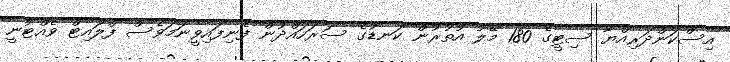
އިސްކަންދަރިއްޔާ ސިޓީގެ 180 މޭލު އުތުރުން ކަނޑުގެ ސަރަހައްދުން ފެނިފައިވީނަމަވެސް ފްލައިޓް ވެއްޓުނީ